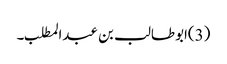
(3)ابوطالب بن عبدالمطلب۔